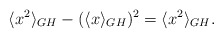
\begin{align*}\langle x^2 \rangle_{GH} - (\langle x \rangle_{GH})^2 = \langle x^2\rangle_{GH}.\end{align*}